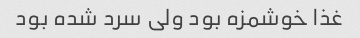
غذا خوشمزه بود ولی سرد شده بود